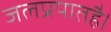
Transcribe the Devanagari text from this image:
जलप्रपातहै।